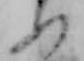
ぬ